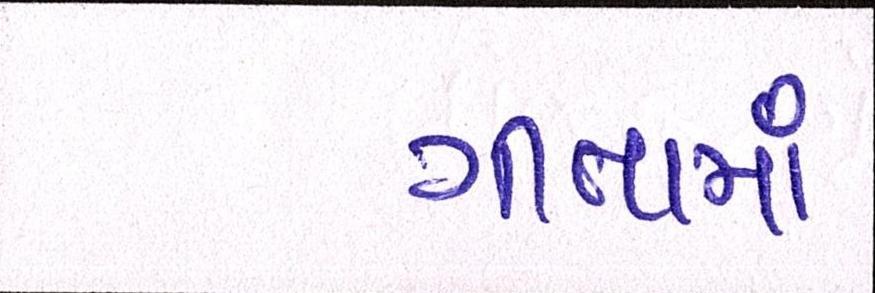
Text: ગીતામાં